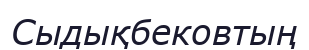
Сыдықбековтың